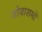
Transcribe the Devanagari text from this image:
जोवाशमों